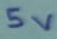
Text: 5v